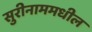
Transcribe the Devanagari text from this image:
सुरीनाममधील